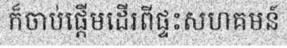
ក៏ចាប់ផ្តើមដើរពីផ្ទះសហគមន៍